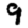
Digit: 9